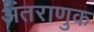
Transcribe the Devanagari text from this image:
अंतराणुक